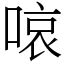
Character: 㗒